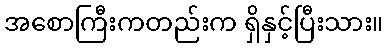
အစောကြီးကတည်းက ရှိနှင့်ပြီးသား။